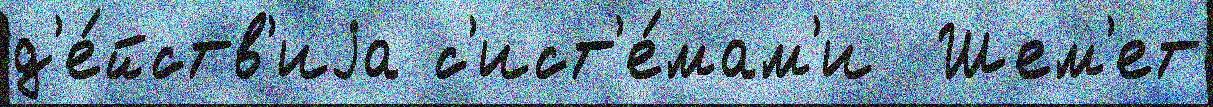
д'е́йств'иjа с'ист'е́мам'и  Шем'ет